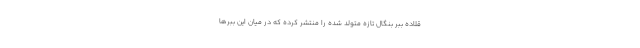
قلاده ببر بنگال تازه متولد شده را منتشر کرده که در میان این ببرها